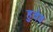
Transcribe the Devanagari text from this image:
हुवेद